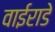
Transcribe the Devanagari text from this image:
वाईराडे